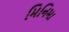
મિનિમા